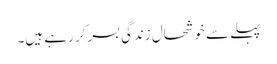
پہلے سے خوشحال زندگی بسر کر رہے ہیں۔